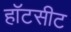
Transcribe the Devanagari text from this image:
हॉटसीट